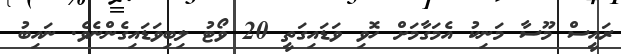
ރައީސް މޫސާ މަނިކު އެމަގާމަށް ހޮވި ވަޑައިގަތީ 20 ވޯޓު ލިބިވަޑައިގެންނެވެ. ނައިބު